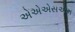
એએએસએમ